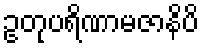
ဥတုပရိဏာမဇာနိပိ